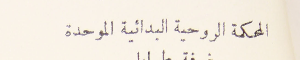
المحكمة الروحية البدائية الموحدة